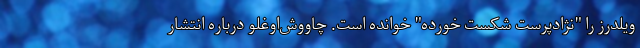
ویلدرز را "نژادپرست شکست خورده" خوانده است. چاووش‌اوغلو درباره انتشار